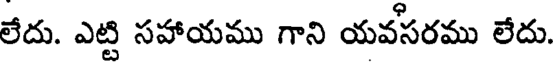
లేదు. ఎట్టి సహాయము గాని యవసరము లేదు.